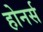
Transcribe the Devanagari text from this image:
होनर्स